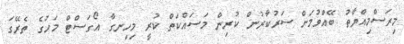
މިރަސްމިއްޔާތު ބޭއްވުމަށް ސަރުކާރުން ކުރިން މަސައްކަތް ކުރީ މިހިނގާ އޯގަސްޓް މަހުގެ ތެރޭގަ